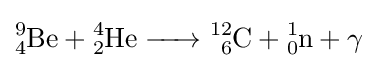
{\ce {^{9}_{4}Be + ^{4}_{2}He -> ^{12}_{6}C + ^{1}_{0}n + \gamma}}